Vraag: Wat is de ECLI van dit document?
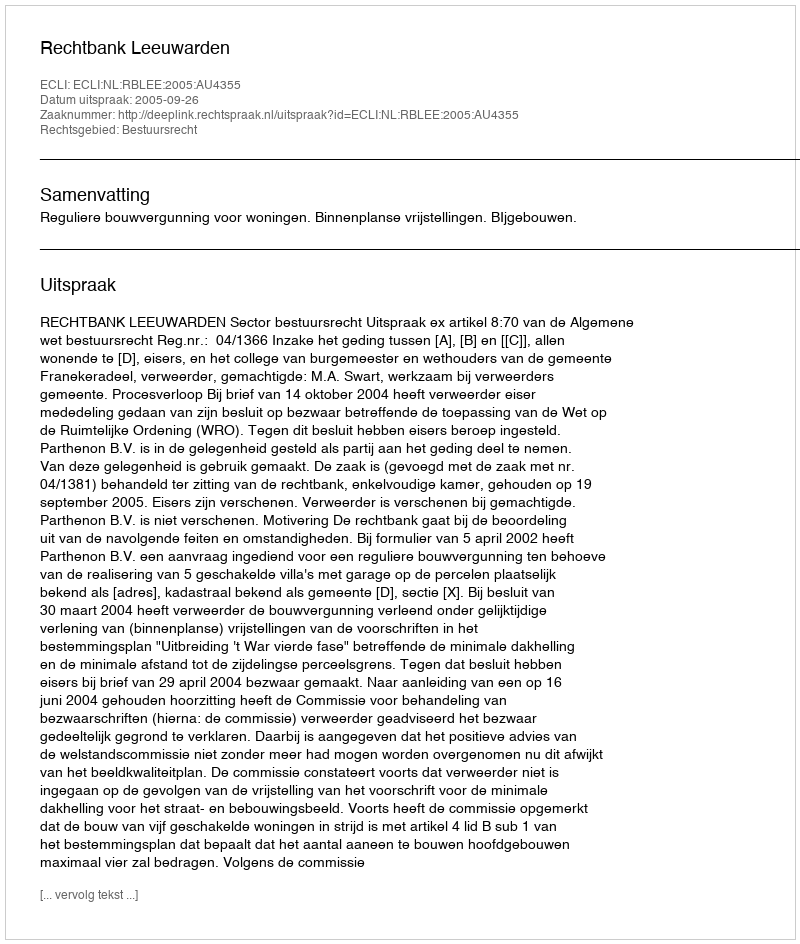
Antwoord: ECLI:NL:RBLEE:2005:AU4355